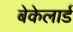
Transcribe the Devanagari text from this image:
बेकेलार्ड